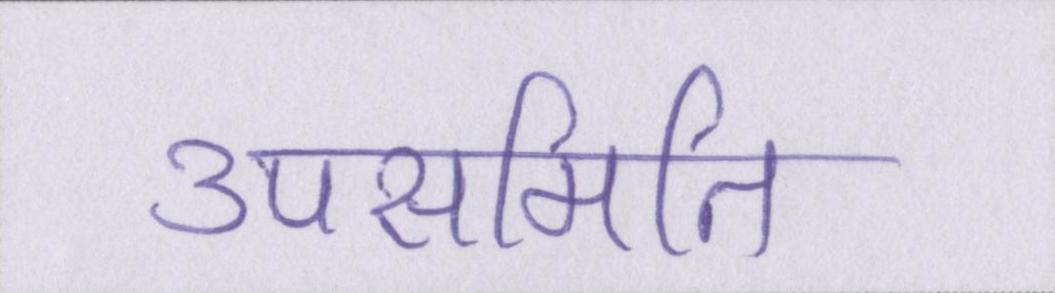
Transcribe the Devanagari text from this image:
उपसमिति